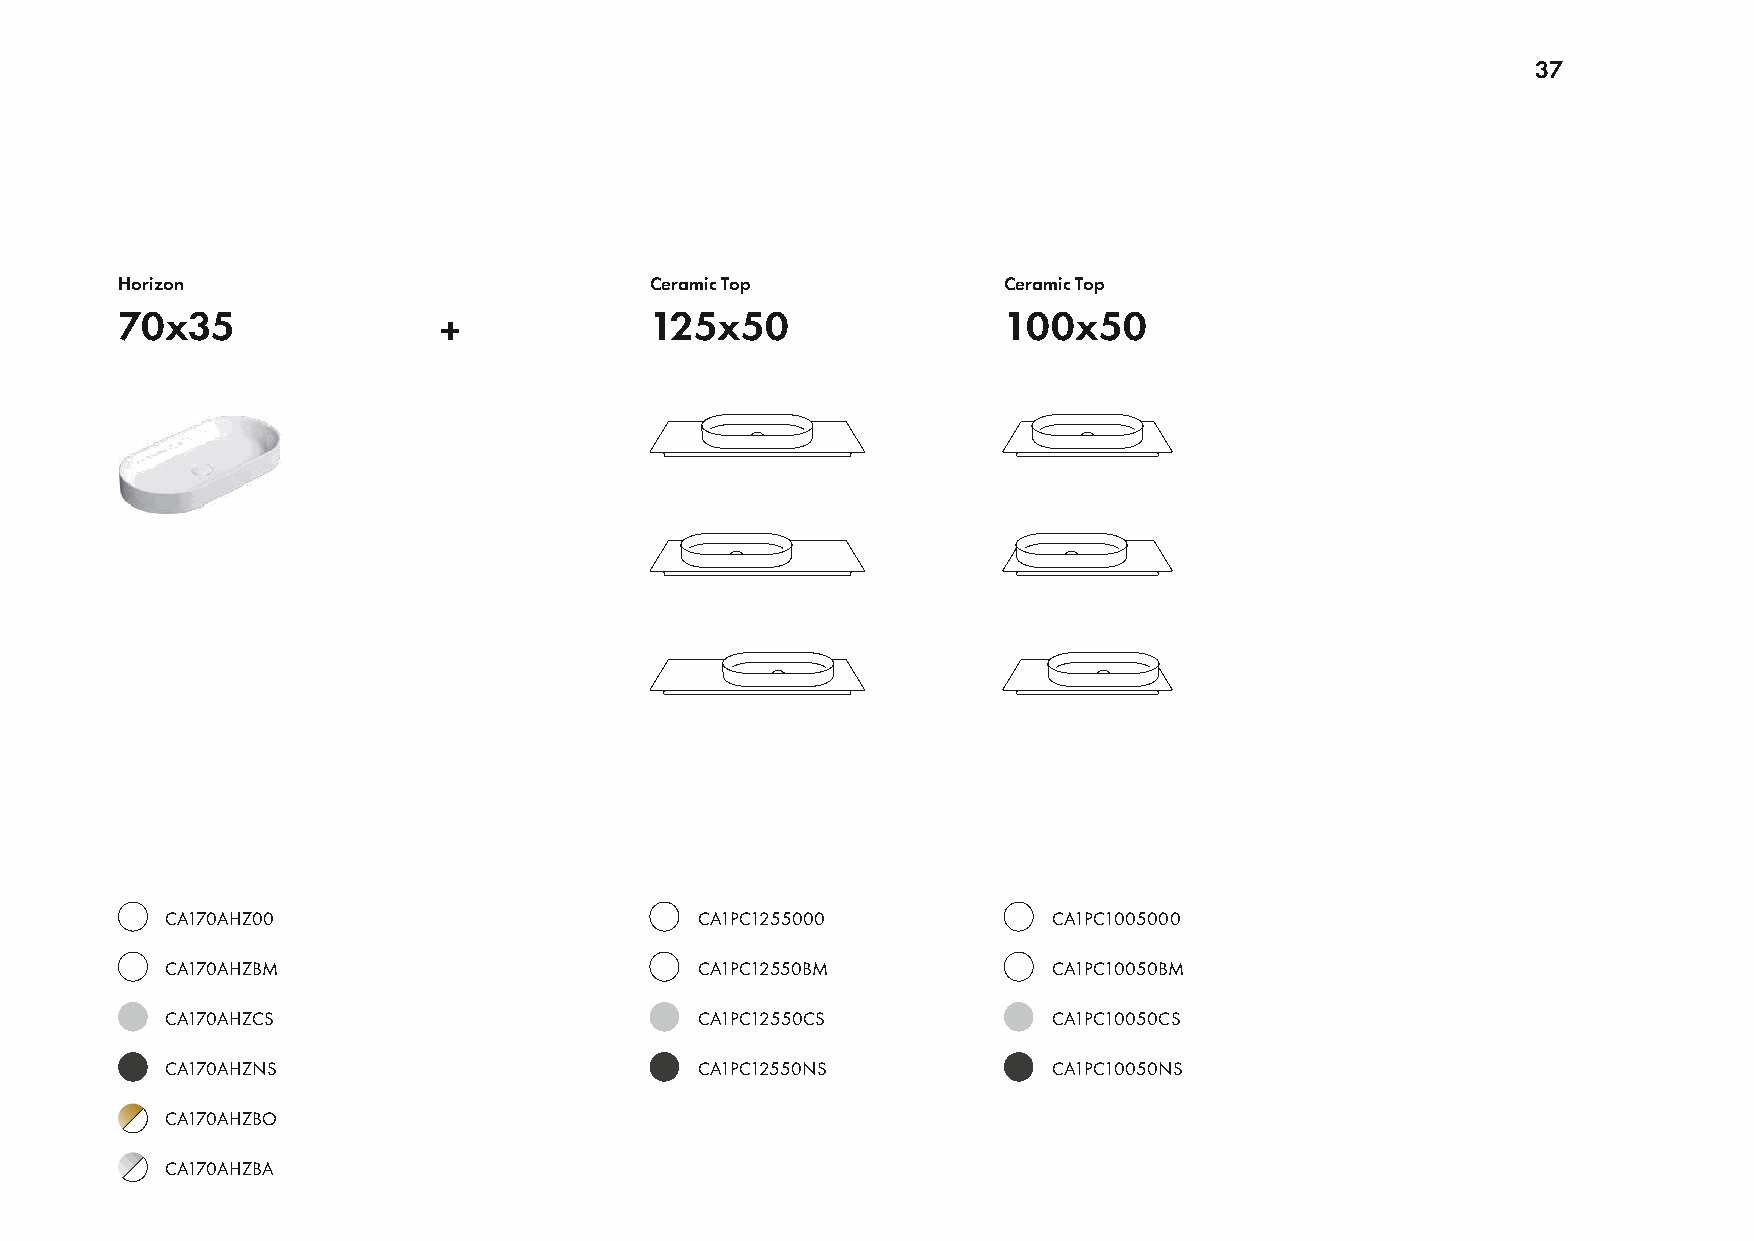
37
 Horizon                            Ceramic Top            Ceramic Top
 70x35                +             125x50                 100x50
 CA170AHZ00                         CA1PC1255000            CA1PC1005000
 CA170AHZBM                         CA1PC12550BM            CA1PC10050BM
 CA170AHZCS                         CA1PC12550CS            CA1PC10050CS
 CA170AHZNS                         CA1PC12550NS            CA1PC10050NS
 CA170AHZBO
 CA170AHZBA